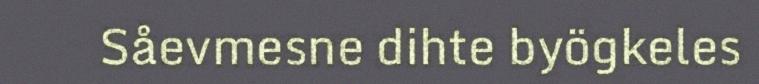
Såevmesne dihte byögkeles